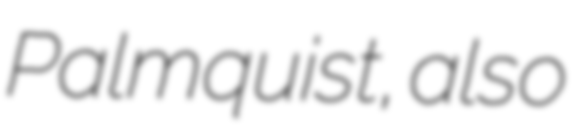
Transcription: Palmquist, also